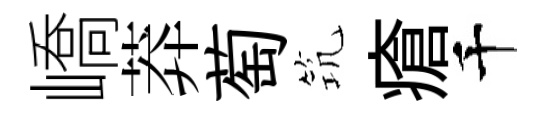
嶠莽萄𥬑瘡千